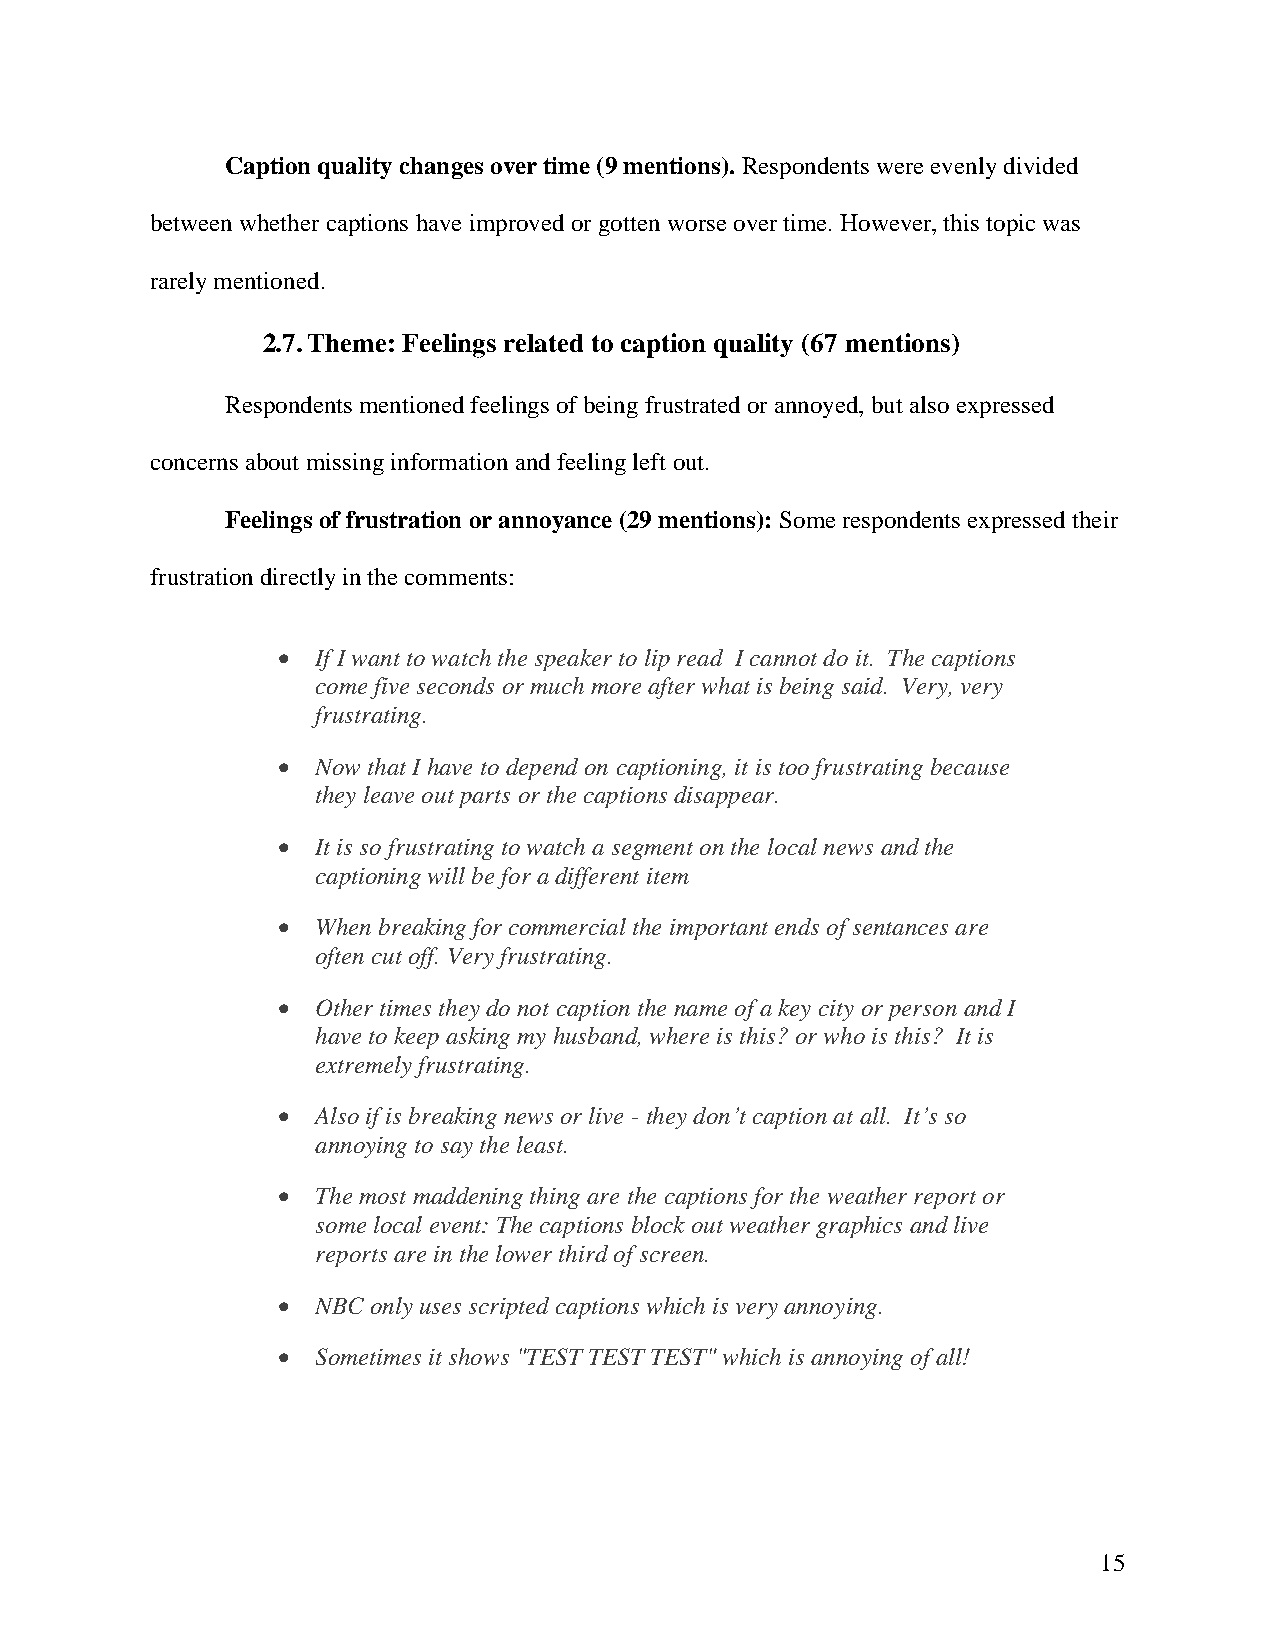
Caption quality changes over time (9 mentions). Respondents were evenly divided
 between whether captions have improved or gotten worse over time. However, this topic was
 rarely mentioned.
 2.7. Theme: Feelings related to caption quality (67 mentions)
 Respondents mentioned feelings of being frustrated or annoyed, but also expressed
 concerns about missing information and feeling left out.
 Feelings of frustration or annoyance (29 mentions): Some respondents expressed their
 frustration directly in the comments:
 •  If I want to watch the speaker to lip read I cannot do it. The captions
 come five seconds or much more after what is being said. Very, very
 frustrating.
 •  Now that I have to depend on captioning, it is too frustrating because
 they leave out parts or the captions disappear.
 •  It is so frustrating to watch a segment on the local news and the
 captioning will be for a different item
 •  When breaking for commercial the important ends of sentances are
 often cut off. Very frustrating.
 •  Other times they do not caption the name of a key city or person and I
 have to keep asking my husband, where is this? or who is this? It is
 extremely frustrating.
 •  Also if is breaking news or live - they don’t caption at all. It’s so
 annoying to say the least.
 •  The most maddening thing are the captions for the weather report or
 some local event: The captions block out weather graphics and live
 reports are in the lower third of screen.
 •  NBC only uses scripted captions which is very annoying.
 •  Sometimes it shows "TEST TEST TEST" which is annoying of all!
 15